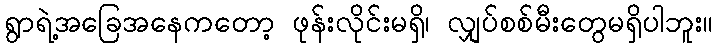
ရွာရဲ့အခြေအနေကတော့ ဖုန်းလိုင်းမရှိ၊ လျှပ်စစ်မီးတွေမရှိပါဘူး။